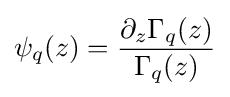
\psi _{q}(z)={\frac {\partial _{z}\Gamma _{q}(z)}{\Gamma _{q}(z)}}